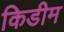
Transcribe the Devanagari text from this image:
किडीम